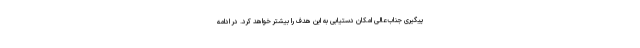
پیگیری جناب‌عالی امکان دستیابی به این هدف را بیشتر خواهد کرد. در ادامه